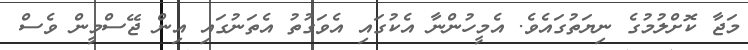
މަޖާ ކޮށްލުމުގެ ނިޔަތުގައެވެ. އެމީހުންނާ އެކުގައި އެވަގުތު އެތަނުގައި އިން ޖޭސްމީން ވެސް